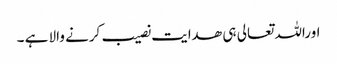
اوراللہ تعالی ہی ھدایت نصیب کرنے والا ہے ۔